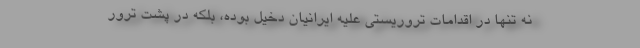
نه تنها در اقدامات تروریستی علیه ایرانیان دخیل بوده، بلکه در پشت ترور